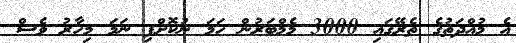
އެ މުއްދަތުގެ ތެރޭގައި 3000 މެމްބަރުން ހަމަ ނުކޮށްފި ނަމަ މިހާރު ވެސް